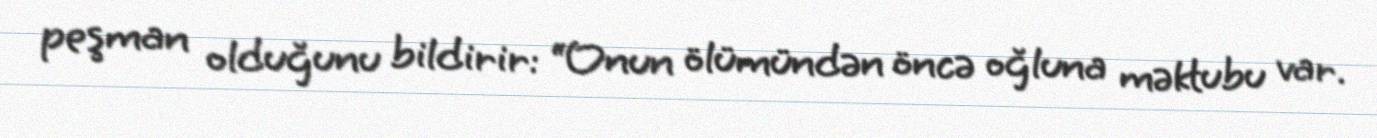
peşman olduğunu bildirir: “Onun ölümündən öncə oğluna məktubu var.